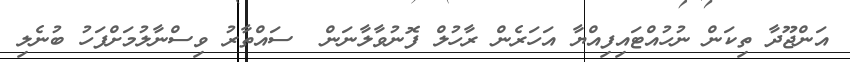
އަންޖޫދާ ތިކަން ނުހުއްޓައިފިއްޔާ އަހަރެން ރާހުލް ފޮނުވާލާނަން  ސައްތާރު ވިސްނާލުމަށްފަހު ބުނެލި